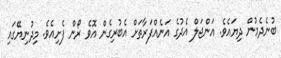
ބުނެދެމުން ދިޔައެވެ. އަންޖަލް އެދުގެ އަނެއްފަރާތަށް އެބުރިގެން އޮވެ ރޯން ފެށިއެވެ. މިދުނިޔޭގައި